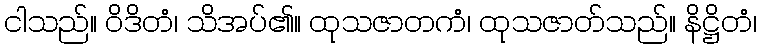
ငါသည်။ ဝိဒိတံ၊ သိအပ်၏။ ထုသဇာတကံ၊ ထုသဇာတ်သည်။ နိဋ္ဌိတံ၊